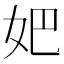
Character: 妑